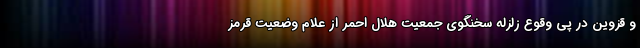
و قزوین در پی وقوع زلزله سخنگوی جمعیت هلال احمر از علام وضعیت قرمز